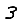
Digit: 3